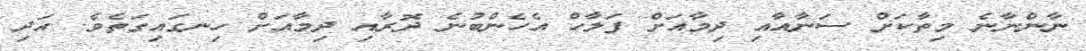
ނާންނާނެ މިތާކަށް ސަނާއާއި ދިމާއަށް ފަލާހް އެހެންބުނެ ދޮރާއި ދިމާއަށް ހިނގައިގަތެވެ. އަދި